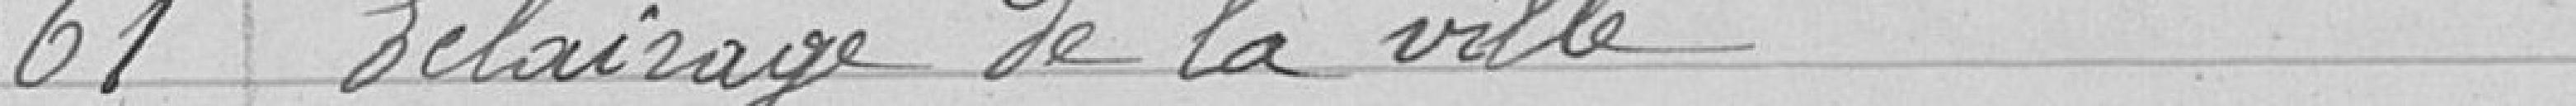
61 Éclairage de la ville